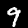
Digit: 9